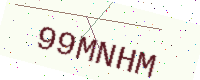
Text: 99MNHM